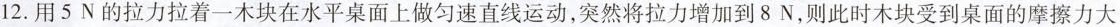
12.用5N的拉力拉着一木块在水平桌面上做匀速直线运动，突然将拉力增加到8N，则此时木块受到桌面的摩擦力大